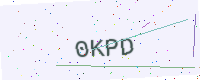
Text: 0KPD